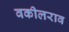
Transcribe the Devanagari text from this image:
वकीलराव